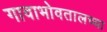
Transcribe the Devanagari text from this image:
गावाभोवतालच्या